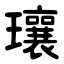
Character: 瓖